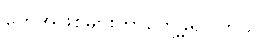
တွေအဖြစ်များတာတွေ့ခဲ့ရပါတယ်။